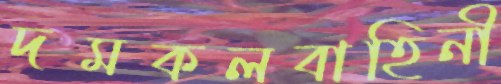
দমকলবাহিনী